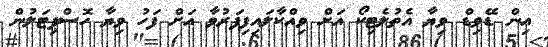
އިން ޑޭވިޑް ވިޔާ އެތުލެޓިކޯ އަށް ވިއްކާލައިފިފަރުވާ އަށް ފަހު ވިޔާ ހޮސްޕިޓަލުން